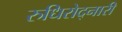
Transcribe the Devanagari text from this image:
रुधिरोद्नारी